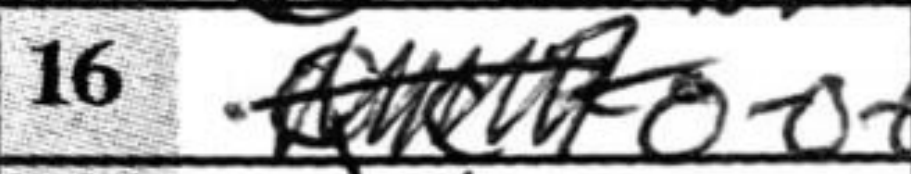
Transcription: O-O-O